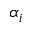
\alpha _ { i }